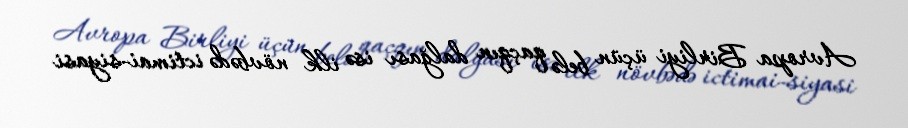
Avropa Birliyi üçün belə qaçqın dalğası isə ilk növbədə ictimai-siyasi